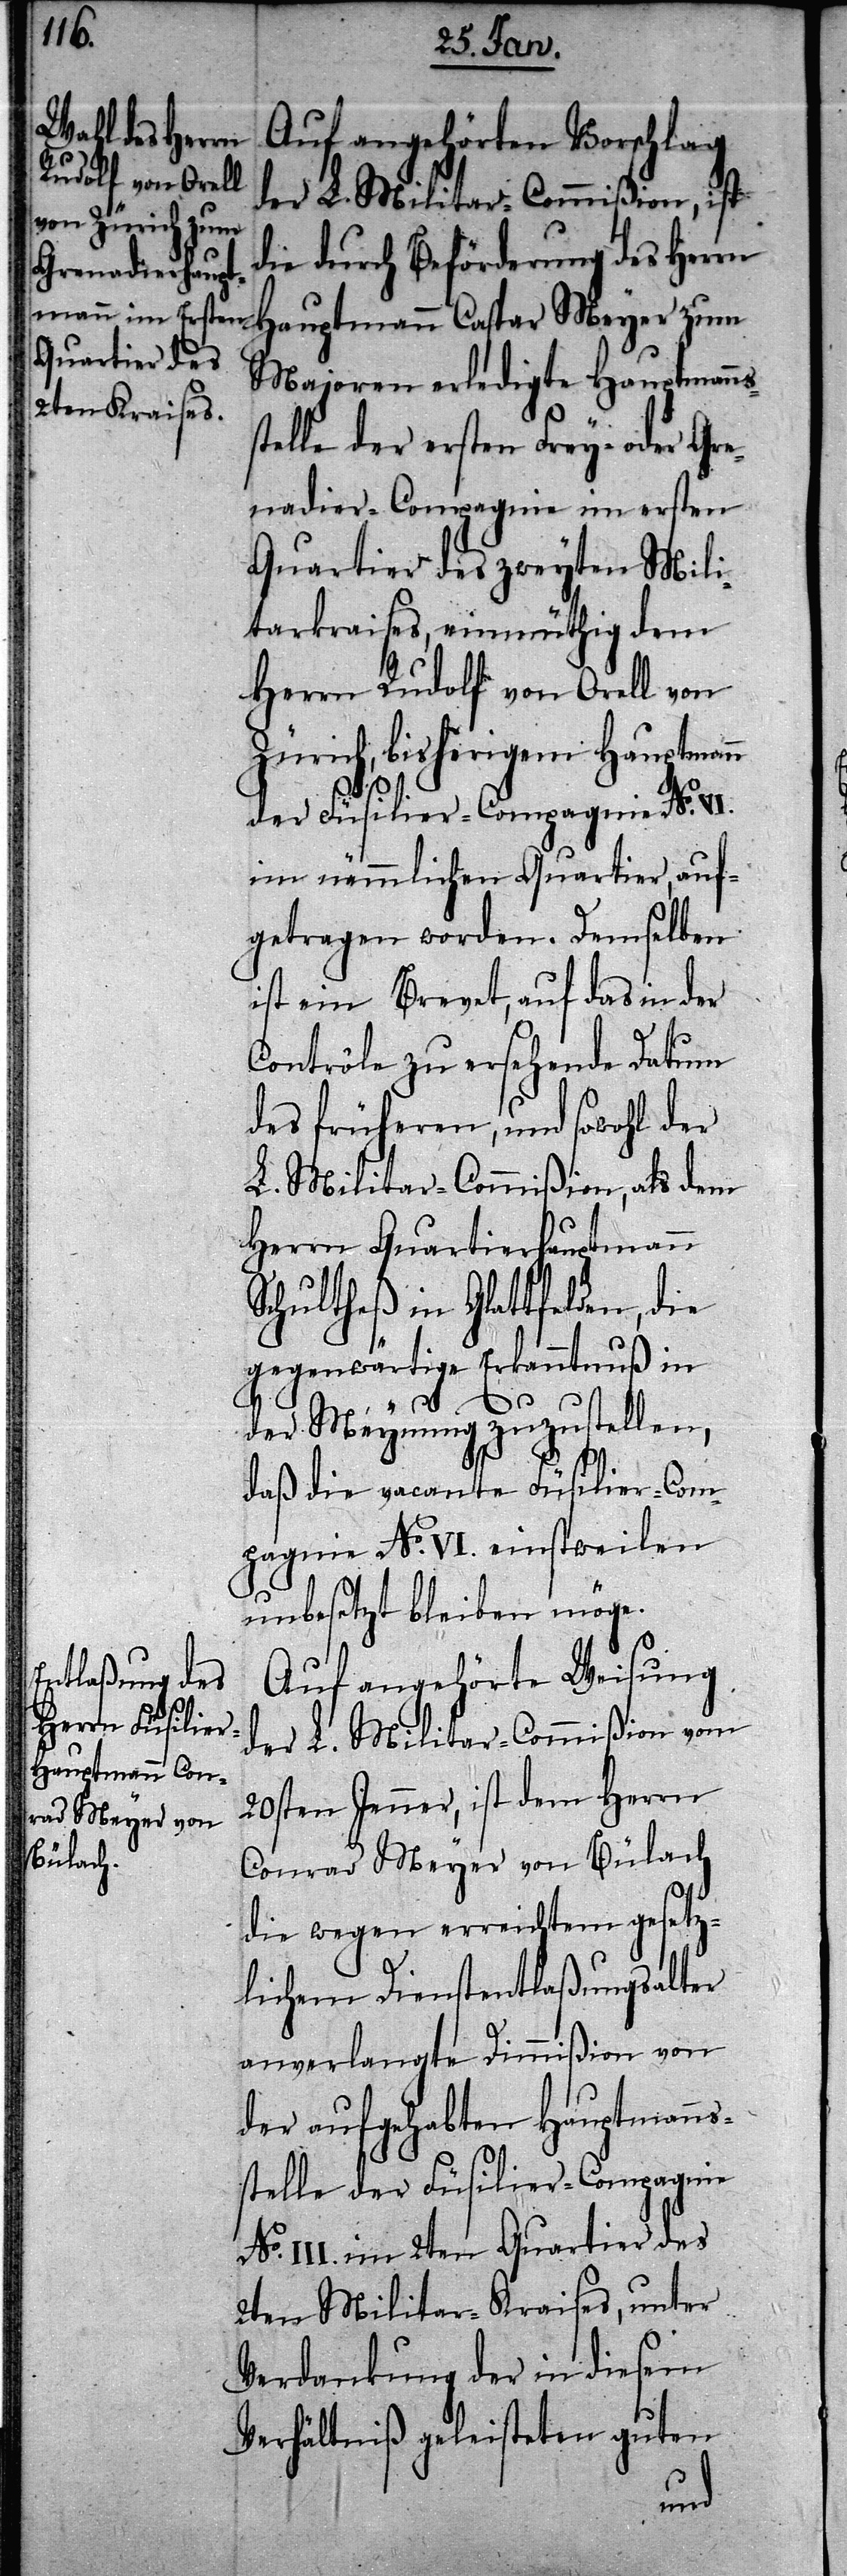
Auf angehörten Vorschlag
der L. Militar-Commißion, ist
die durch Beförderung des Herrn
Hauptmann Caspar Meyer zum
Majoren erledigte Hauptmanns¬
telle der ersten Frey- oder Gre¬
nadier-Compagnie im ersten
Quartier des zweyten Mili¬
tarkraises, einmüthig dem
Herrn Rudolf von Orell von
Zürich, bisherigem Hauptman¬
der Füsilier-Compagnie No. VI.
im nämmlichen Quartier, auf¬
getragen worden. Demselben
ist ein Brevet, auf das in der
Controle zu ersehende Datum
des früheren, und sowohl der
L. Militar-Commißion, als dem
Herrn Quartierhauptmann
Schultheß in Glattfelden, die
gegenwärtige Erkanntnuß in
der Meynung zuzustellen,
daß die vacante Füsilier-Com¬
pagnie No. VI. einstweilen
unbesetzt bleiben möge.
Auf angehörte Weisung
der L. Militar-Commißion vom
20sten Jenner, ist dem Herrn
Conrad Meyer von Bülach
die wegen erreichtem gesetz¬
lichen Dienstentlaßungsalter
anverlangte Dimmißion von
der aufgehabten Hauptmanns¬
stelle der Füsilier-Compagnie
No. III. im 2ten Quartier des
2ten Militar-Kraises, unter
Verdankung der in diesem
Verhältniß geleisteten guten
n